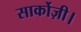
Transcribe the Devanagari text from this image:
सार्कोज़ी।